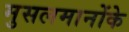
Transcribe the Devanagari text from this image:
मुसलमानोंके